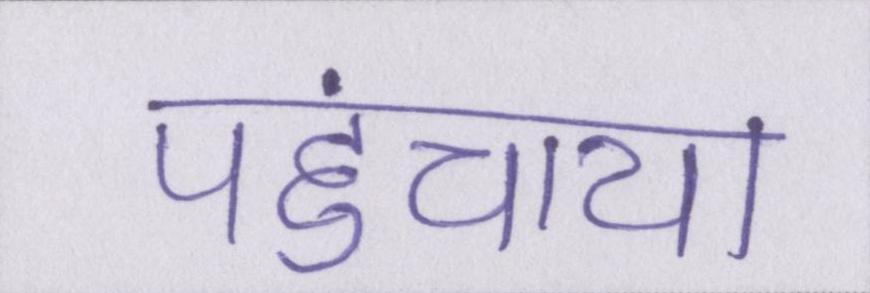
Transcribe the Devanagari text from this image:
पहुंचाया